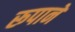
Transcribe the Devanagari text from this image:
रूपानें